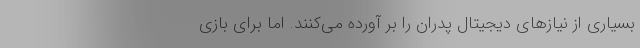
بسیاری از نیازهای دیجیتال پدران را بر آورده می‌کنند. اما برای بازی